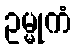
ဥမ္မုကံ